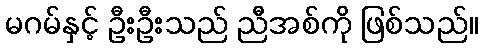
မဂမ်နှင့် ဦးဦးသည် ညီအစ်ကို ဖြစ်သည်။